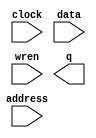
// megafunction wizard: %RAM: 1-PORT%VBB%
// GENERATION: STANDARD
// VERSION: WM1.0
// MODULE: altsyncram 

// ============================================================
// Megafunction Name(s):
// 			altsyncram
//
// Simulation Library Files(s):
// 			altera_mf
// ============================================================
// ************************************************************
// THIS IS A WIZARD-GENERATED FILE. DO NOT EDIT THIS FILE!
//
// 18.0.0 Build 614 04/24/2018 SJ Lite Edition
// ************************************************************

//Copyright (C) 2018  Intel Corporation. All rights reserved.
//Your use of Intel Corporation's design tools, logic functions 
//and other software and tools, and its AMPP partner logic 
//functions, and any output files from any of the foregoing 
//(including device programming or simulation files), and any 
//associated documentation or information are expressly subject 
//to the terms and conditions of the Intel Program License 
//Subscription Agreement, the Intel Quartus Prime License Agreement,
//the Intel FPGA IP License Agreement, or other applicable license
//agreement, including, without limitation, that your use is for
//the sole purpose of programming logic devices manufactured by
//Intel and sold by Intel or its authorized distributors.  Please
//refer to the applicable agreement for further details.

module RAM1_CH1 (
	address,
	clock,
	data,
	wren,
	q);

	input	[13:0]  address;
	input	  clock;
	input	[11:0]  data;
	input	  wren;
	output	[11:0]  q;
`ifndef ALTERA_RESERVED_QIS
// synopsys translate_off
`endif
	tri1	  clock;
`ifndef ALTERA_RESERVED_QIS
// synopsys translate_on
`endif

endmodule

// ============================================================
// CNX file retrieval info
// ============================================================
// Retrieval info: PRIVATE: ADDRESSSTALL_A NUMERIC "0"
// Retrieval info: PRIVATE: AclrAddr NUMERIC "0"
// Retrieval info: PRIVATE: AclrByte NUMERIC "0"
// Retrieval info: PRIVATE: AclrData NUMERIC "0"
// Retrieval info: PRIVATE: AclrOutput NUMERIC "0"
// Retrieval info: PRIVATE: BYTE_ENABLE NUMERIC "0"
// Retrieval info: PRIVATE: BYTE_SIZE NUMERIC "8"
// Retrieval info: PRIVATE: BlankMemory NUMERIC "1"
// Retrieval info: PRIVATE: CLOCK_ENABLE_INPUT_A NUMERIC "0"
// Retrieval info: PRIVATE: CLOCK_ENABLE_OUTPUT_A NUMERIC "0"
// Retrieval info: PRIVATE: Clken NUMERIC "0"
// Retrieval info: PRIVATE: DataBusSeparated NUMERIC "1"
// Retrieval info: PRIVATE: IMPLEMENT_IN_LES NUMERIC "0"
// Retrieval info: PRIVATE: INIT_FILE_LAYOUT STRING "PORT_A"
// Retrieval info: PRIVATE: INIT_TO_SIM_X NUMERIC "0"
// Retrieval info: PRIVATE: INTENDED_DEVICE_FAMILY STRING "Cyclone IV E"
// Retrieval info: PRIVATE: JTAG_ENABLED NUMERIC "1"
// Retrieval info: PRIVATE: JTAG_ID STRING "R1C1"
// Retrieval info: PRIVATE: MAXIMUM_DEPTH NUMERIC "0"
// Retrieval info: PRIVATE: MIFfilename STRING ""
// Retrieval info: PRIVATE: NUMWORDS_A NUMERIC "15360"
// Retrieval info: PRIVATE: RAM_BLOCK_TYPE NUMERIC "2"
// Retrieval info: PRIVATE: READ_DURING_WRITE_MODE_PORT_A NUMERIC "3"
// Retrieval info: PRIVATE: RegAddr NUMERIC "1"
// Retrieval info: PRIVATE: RegData NUMERIC "1"
// Retrieval info: PRIVATE: RegOutput NUMERIC "1"
// Retrieval info: PRIVATE: SYNTH_WRAPPER_GEN_POSTFIX STRING "0"
// Retrieval info: PRIVATE: SingleClock NUMERIC "1"
// Retrieval info: PRIVATE: UseDQRAM NUMERIC "1"
// Retrieval info: PRIVATE: WRCONTROL_ACLR_A NUMERIC "0"
// Retrieval info: PRIVATE: WidthAddr NUMERIC "14"
// Retrieval info: PRIVATE: WidthData NUMERIC "12"
// Retrieval info: PRIVATE: rden NUMERIC "0"
// Retrieval info: LIBRARY: altera_mf altera_mf.altera_mf_components.all
// Retrieval info: CONSTANT: CLOCK_ENABLE_INPUT_A STRING "BYPASS"
// Retrieval info: CONSTANT: CLOCK_ENABLE_OUTPUT_A STRING "BYPASS"
// Retrieval info: CONSTANT: INTENDED_DEVICE_FAMILY STRING "Cyclone IV E"
// Retrieval info: CONSTANT: LPM_HINT STRING "ENABLE_RUNTIME_MOD=YES,INSTANCE_NAME=R1C1"
// Retrieval info: CONSTANT: LPM_TYPE STRING "altsyncram"
// Retrieval info: CONSTANT: NUMWORDS_A NUMERIC "15360"
// Retrieval info: CONSTANT: OPERATION_MODE STRING "SINGLE_PORT"
// Retrieval info: CONSTANT: OUTDATA_ACLR_A STRING "NONE"
// Retrieval info: CONSTANT: OUTDATA_REG_A STRING "CLOCK0"
// Retrieval info: CONSTANT: POWER_UP_UNINITIALIZED STRING "FALSE"
// Retrieval info: CONSTANT: RAM_BLOCK_TYPE STRING "M9K"
// Retrieval info: CONSTANT: READ_DURING_WRITE_MODE_PORT_A STRING "NEW_DATA_NO_NBE_READ"
// Retrieval info: CONSTANT: WIDTHAD_A NUMERIC "14"
// Retrieval info: CONSTANT: WIDTH_A NUMERIC "12"
// Retrieval info: CONSTANT: WIDTH_BYTEENA_A NUMERIC "1"
// Retrieval info: USED_PORT: address 0 0 14 0 INPUT NODEFVAL "address[13..0]"
// Retrieval info: USED_PORT: clock 0 0 0 0 INPUT VCC "clock"
// Retrieval info: USED_PORT: data 0 0 12 0 INPUT NODEFVAL "data[11..0]"
// Retrieval info: USED_PORT: q 0 0 12 0 OUTPUT NODEFVAL "q[11..0]"
// Retrieval info: USED_PORT: wren 0 0 0 0 INPUT NODEFVAL "wren"
// Retrieval info: CONNECT: @address_a 0 0 14 0 address 0 0 14 0
// Retrieval info: CONNECT: @clock0 0 0 0 0 clock 0 0 0 0
// Retrieval info: CONNECT: @data_a 0 0 12 0 data 0 0 12 0
// Retrieval info: CONNECT: @wren_a 0 0 0 0 wren 0 0 0 0
// Retrieval info: CONNECT: q 0 0 12 0 @q_a 0 0 12 0
// Retrieval info: GEN_FILE: TYPE_NORMAL RAM1_CH1.v TRUE
// Retrieval info: GEN_FILE: TYPE_NORMAL RAM1_CH1.inc FALSE
// Retrieval info: GEN_FILE: TYPE_NORMAL RAM1_CH1.cmp FALSE
// Retrieval info: GEN_FILE: TYPE_NORMAL RAM1_CH1.bsf FALSE
// Retrieval info: GEN_FILE: TYPE_NORMAL RAM1_CH1_inst.v TRUE
// Retrieval info: GEN_FILE: TYPE_NORMAL RAM1_CH1_bb.v TRUE
// Retrieval info: LIB_FILE: altera_mf